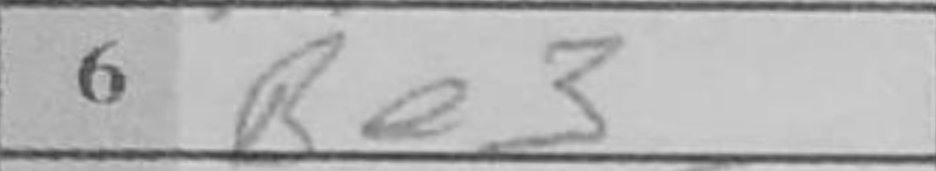
Transcription: Be3